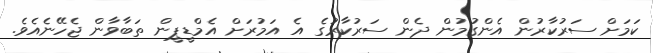
ކަމަށް ސަރުކާރުން އެންގުމުން ދެން ސަރުކާރުގެ އެ އަމުރަށް އެމްޑީޕީން ތަބާވާން ޖެހޭނެއެވެ.